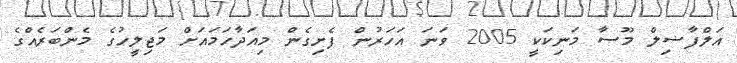
އަލްފާޟިލް މޫސާ މަނިކަކީ 2005 ވަނަ އަހަރުން ފެށިގެން މިއަދާހަމައަށް މަޖިލީހުގެ މެންބަރެއްގެ